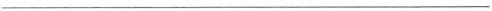
___